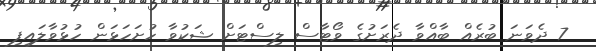
7 ދެވަނަ ބުރެއް ބާއްވާ ދެރަށުގެ ވޯޓާސް ލިސްޓަށް ޝަކުވާ ހުށަހަޅަން ހުޅުވާލައިފި